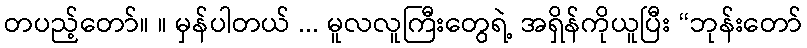
တပည့်တော်။ ။ မှန်ပါတယ် ... မူလလူကြီးတွေရဲ့ အရှိန်ကိုယူပြီး “ဘုန်းတော်